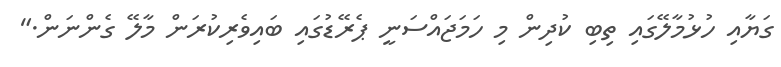
ގަޔާއި ހުޅުމާލޭގައި ތިބި ކުދިން މި ހަމަޖައްސަނީ ޕެރޭޑުގައި ބައިވެރިކުރަން މާލޭ ގެންނަން."